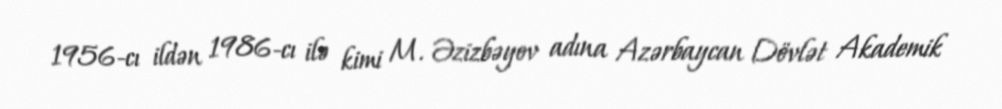
1956-cı ildən 1986-cı ilə kimi M. Əzizbəyov adına Azərbaycan Dövlət Akademik